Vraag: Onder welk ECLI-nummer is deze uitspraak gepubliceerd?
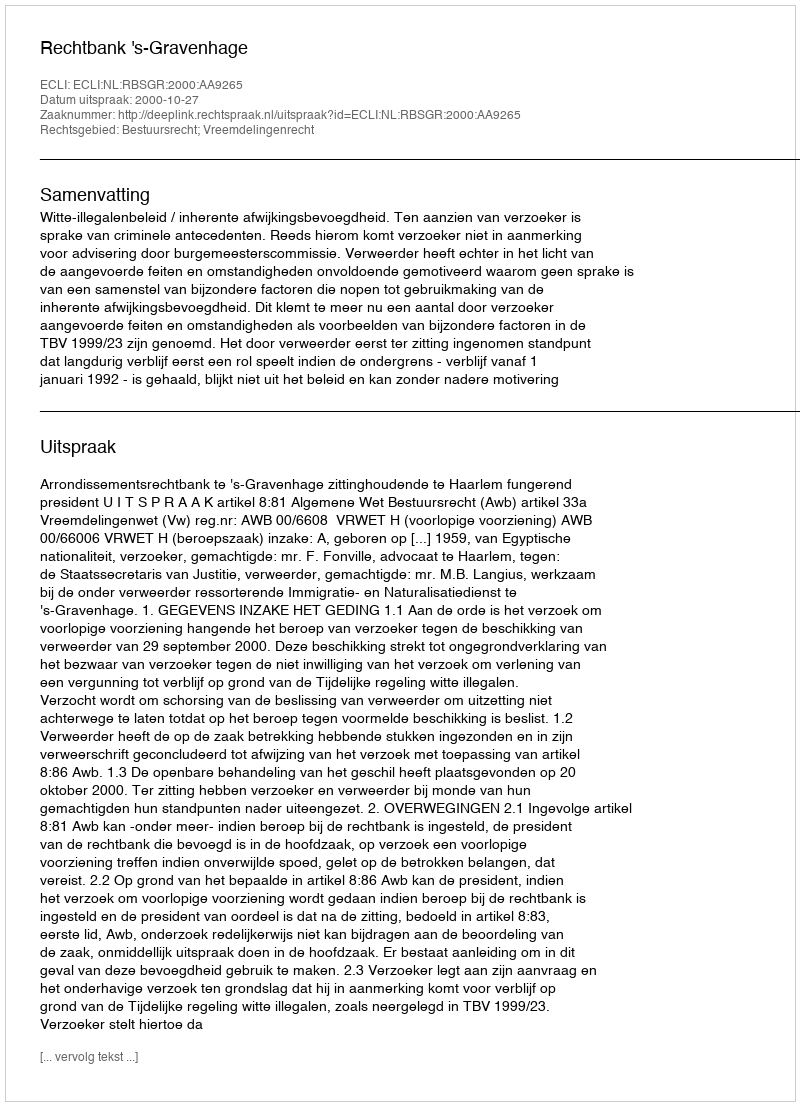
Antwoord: ECLI:NL:RBSGR:2000:AA9265